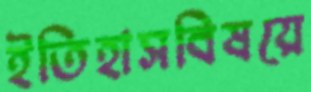
ইতিহাসবিষয়ে